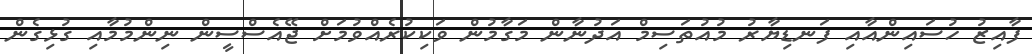
ފާއިޒު ހުސައިންއާއި ފަނޑިޔާރު މުއުތަސިމް އަދުނާން މަގާމުން ވަކިކުރެއްވުމަށް ޖޭއެސްސީން ނިންމުމާއި ގުޅިގެން